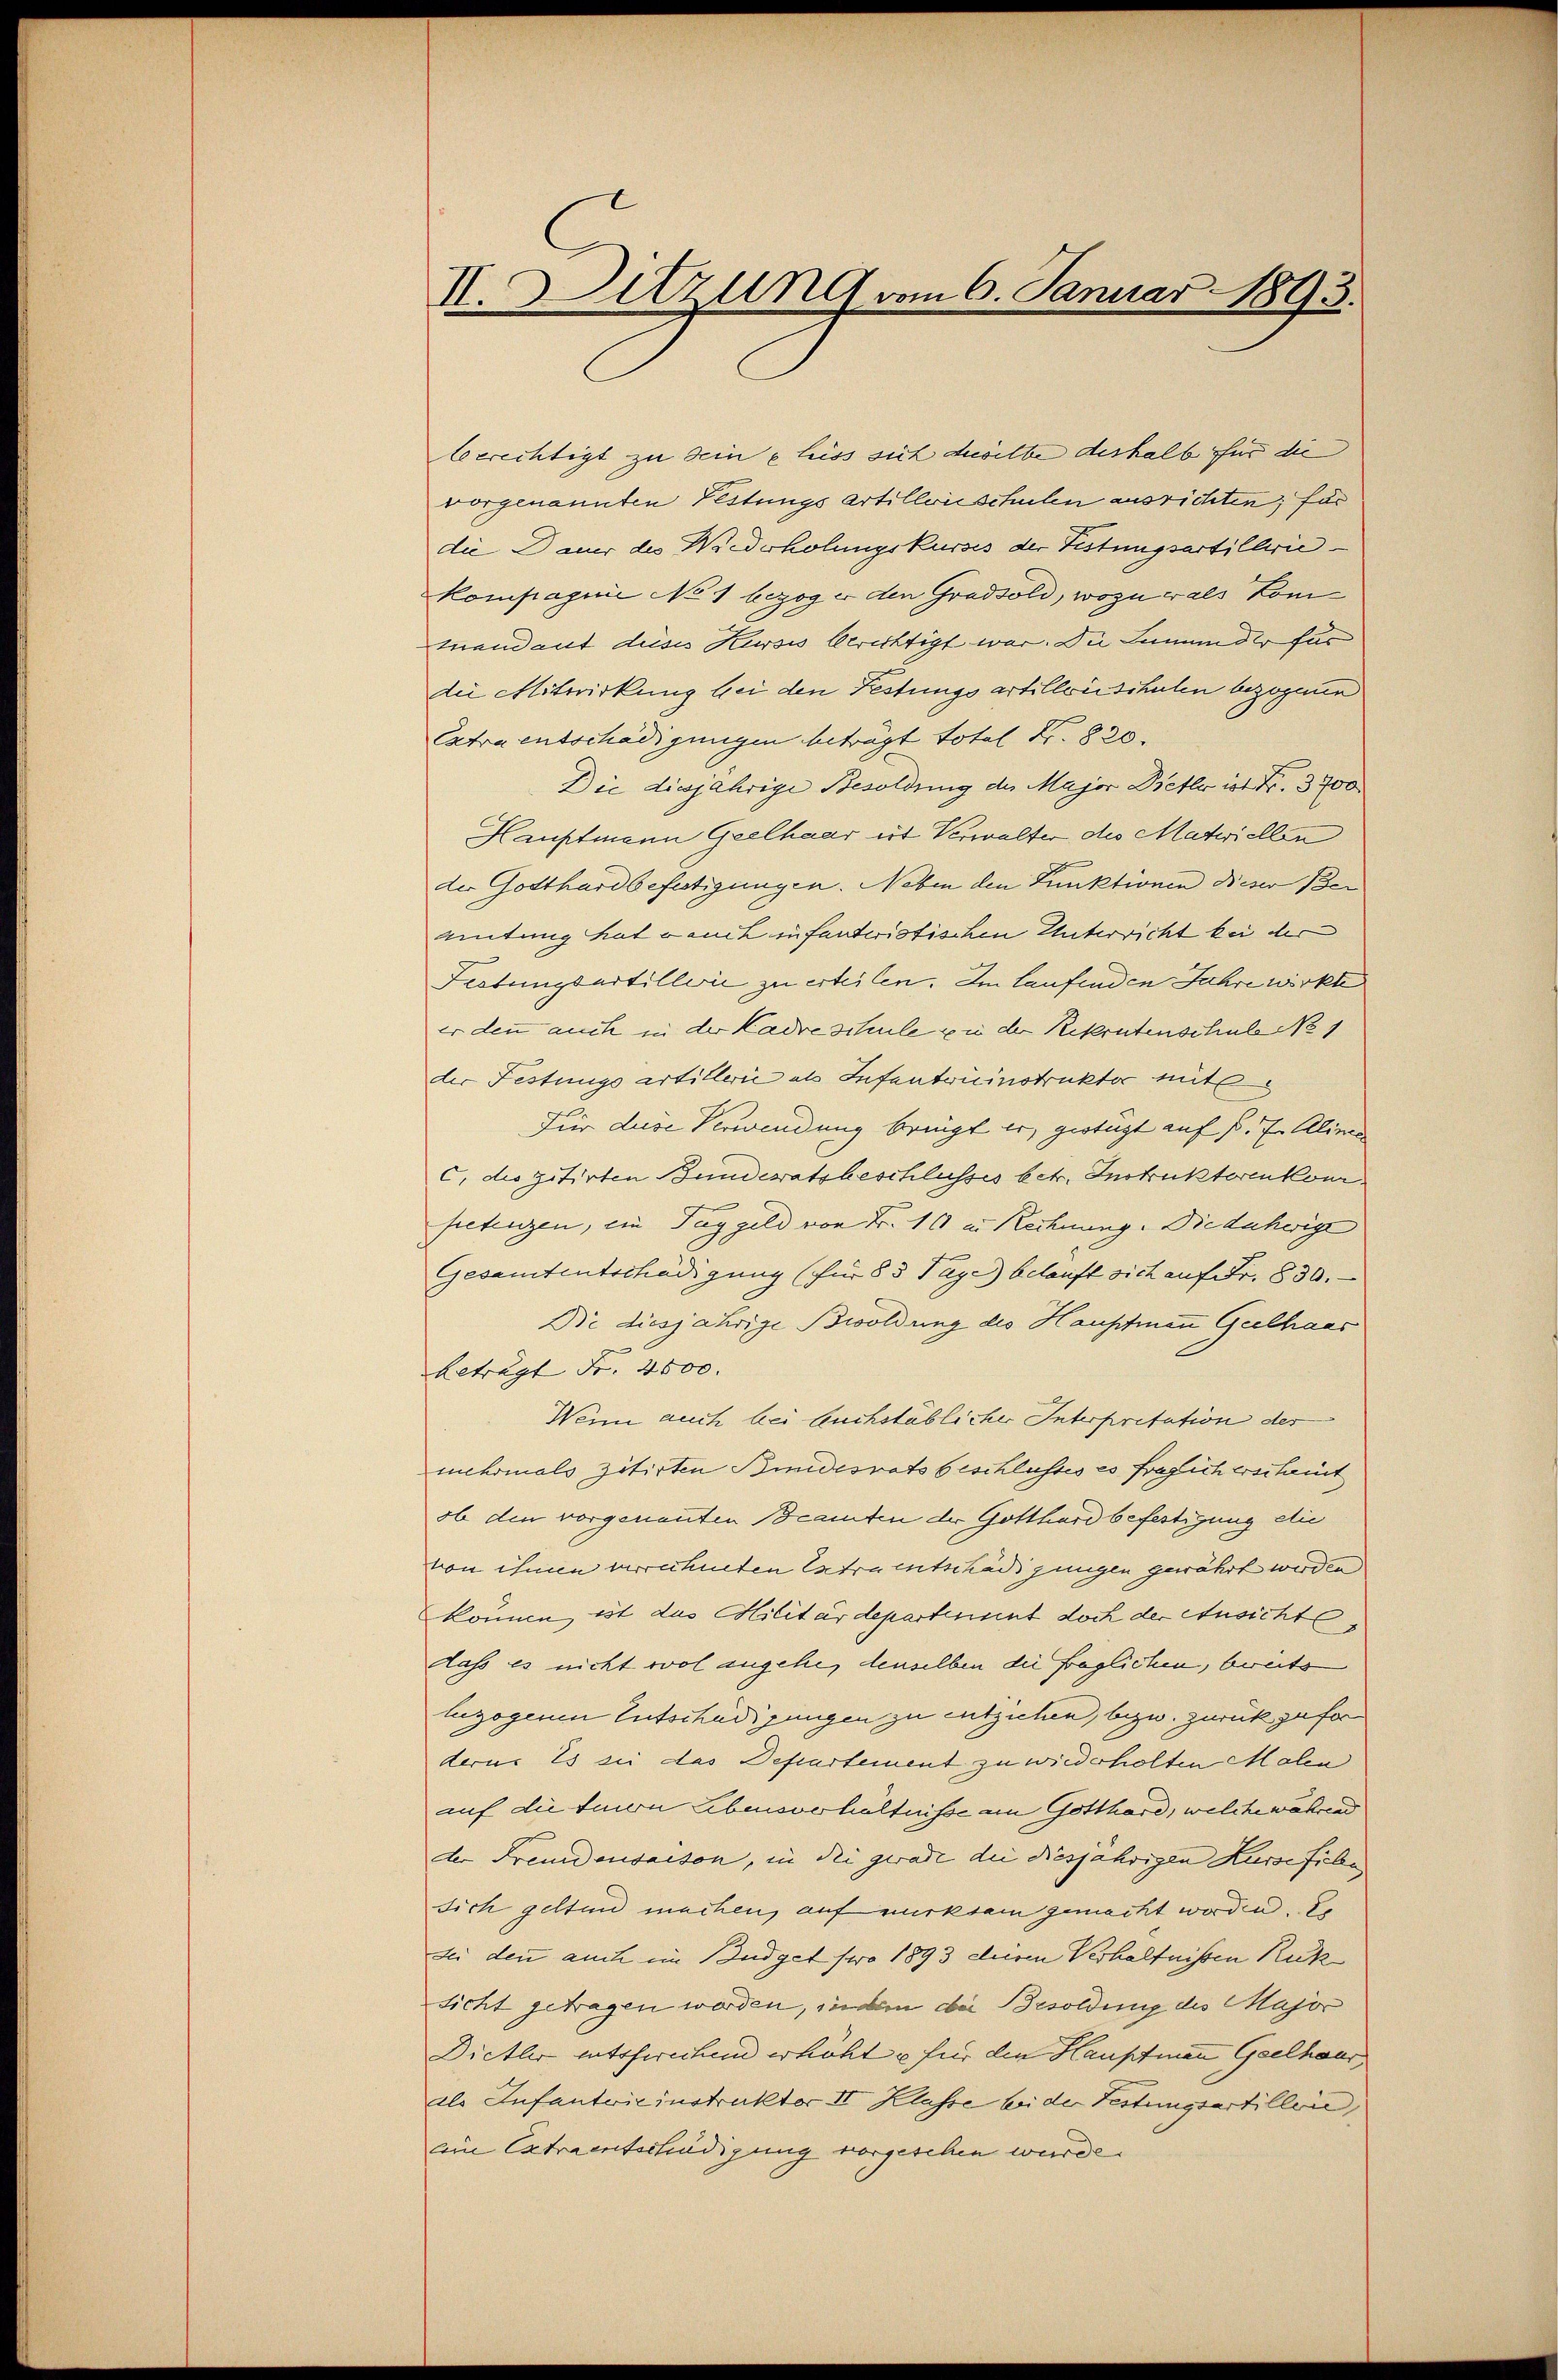
II. Sitzung vom 6. Januar 1893.

berrechtigt zu seine leiss sich daselbe deshalb für die
vorgenannten Festungs artillonischulen ausrichten; für
die Dauer des Wiederholungskurses der Festungsartillerie
kompagnie No 1 bezog er den Gradsold, wozu wals Komtuendant dises Kurses berichtigt war. Die Inmander für
die Mitwirkung bei den Festungsartillonischulen bezogenen
Extra entschädigungen beträgt total N. 820.
Die diesjährige Besoldung der Major Dietler ist Fr. 3700
Hauptmann Geelhaar ist Verwalter des Matwiellen
der Gotthardbefestigungen. Neben den Punktionen dieser Ber
mitung hat auch in fanderistischen Unterricht bei der
Festungsartillerie zu erteilen. Im Laufenden Jahre wirkte
er denn auch in der Kadre schule zu der Rekrutenschule No 1
der Festungs artillerie als Infanteninstrukter mit
Für diese Verwendung bringt er, geotagt auf d. 7. Alinen
C. des zitirten Bunderatsbeschlusses betr. Instruktorenkom
fetenzen, ein Taggeld von Fr. 16 in Rechnung. Die daherige
Gesamtentschädigung (für 85 Tage) belauft sich auf Fr. 830.
Die diesjährige Bwoldung des Hauptmann Geelhaas
beträgt Fr. 4600. |
Wenn auch bei buchstäblicher Interpretation der
mehrmals zitirten Bundesratsbeschlusses es fraglich erscheint
ob den vorgenannten Beamten der Gotthard befestigung die
von ihnen verrechneten Extraentschädigungen gewährt werden
können, ist das Militärdepartement doch der Ansicht
dass es nicht wol angehe, denselben die fraglichen, bereits
luzogenen Entschädigungen zu entziehen, bezw. zurück zu for
derus Es sie das Departement zu wiederholten Malen
auf die tion Ebensverhältnisse an Gotthard, welche während
der Freudensaison, in die gerade die diesjährigen Kurse fielen
sich gelten machen, auf wirksam gemacht worden. De
Sei den auch im Budget pro 1893 deinen Verhältnissen Rük
sicht getragen worden, in dem die Besoldung des Major
Dietler entsprechen erhöht u für die Hauptmann Geelhaar,
als Infanteieinstrukter II. Klasse bei der Testungsartillen,
Ein Extraentschädigung vorgesehen wurde.